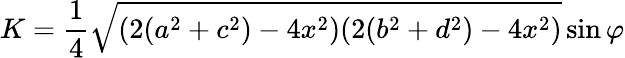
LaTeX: K={\frac{1}{4}}{\sqrt{(2(a^{2}+c^{2})-4x^{2})(2(b^{2}+d^{2})-4x^{2})}}\sin{\varphi}